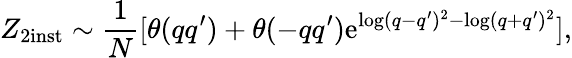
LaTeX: Z_{2\mathrm{inst}}\sim\frac{1}{N}[\theta(qq^{\prime})+\theta(-qq^{\prime})\mathrm{e}^{\log(q-q^{\prime})^{2}-\log(q+q^{\prime})^{2}}],